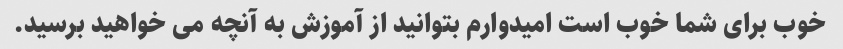
خوب برای شما خوب است امیدوارم بتوانید از آموزش به آنچه می خواهید برسید.